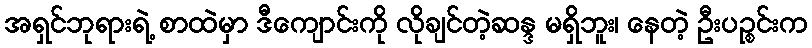
အရှင်ဘုရားရဲ့ စာထဲမှာ ဒီကျောင်းကို လိုချင်တဲ့ဆန္ဒ မရှိဘူး၊ နေတဲ့ ဦးပဉ္စင်းက